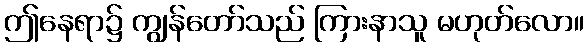
ဤနေရာ၌ ကျွန်တော်သည် ကြားနာသူ မဟုတ်လော။